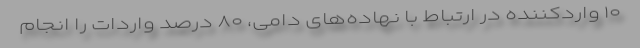
۱۰ واردکننده در ارتباط با نهاده‌های دامی، ۸۰ درصد واردات را انجام‌